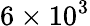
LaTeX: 6\times 10^{3}